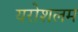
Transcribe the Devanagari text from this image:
यरोशलम